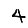
Digit: 4